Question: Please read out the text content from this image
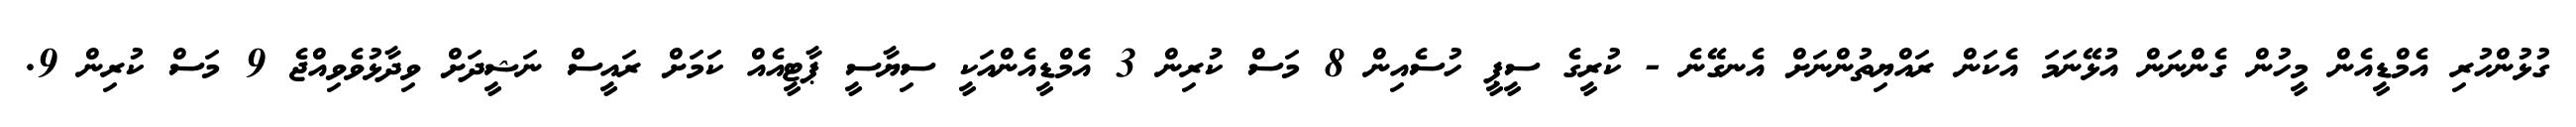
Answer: ގުޅުންހުރި އެމްޑީއެން މީހުން ގެންނަން އުޅޭނަމަ އެކަން ރައްޔިތުންނަށް އެނގޭނެ - ކުރީގެ ސީޕީ ހުސެއިން 8 މަސް ކުރިން 3 އެމްޑީއެންއަކީ ސިޔާސީ ޕާޓީއެއް ކަމަށް ރައީސް ނަޝީދަށް ވިދާޅުވެވިއްޖެ 9 މަސް ކުރިން 9.